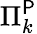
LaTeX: \Pi_{k}^{\mathsf{P}}